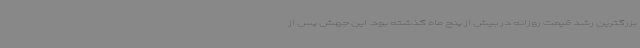
بزرگترین رشد قیمت روزانه در بیش از پنج ماه گذشته بود. این جهش پس از